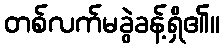
တစ်လက်မခွဲခန့်ရှိ၏။